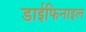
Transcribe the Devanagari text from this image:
डाईफिनाइल